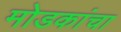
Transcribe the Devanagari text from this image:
मोडकांचा